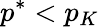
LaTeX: p^{*}<p_{K}